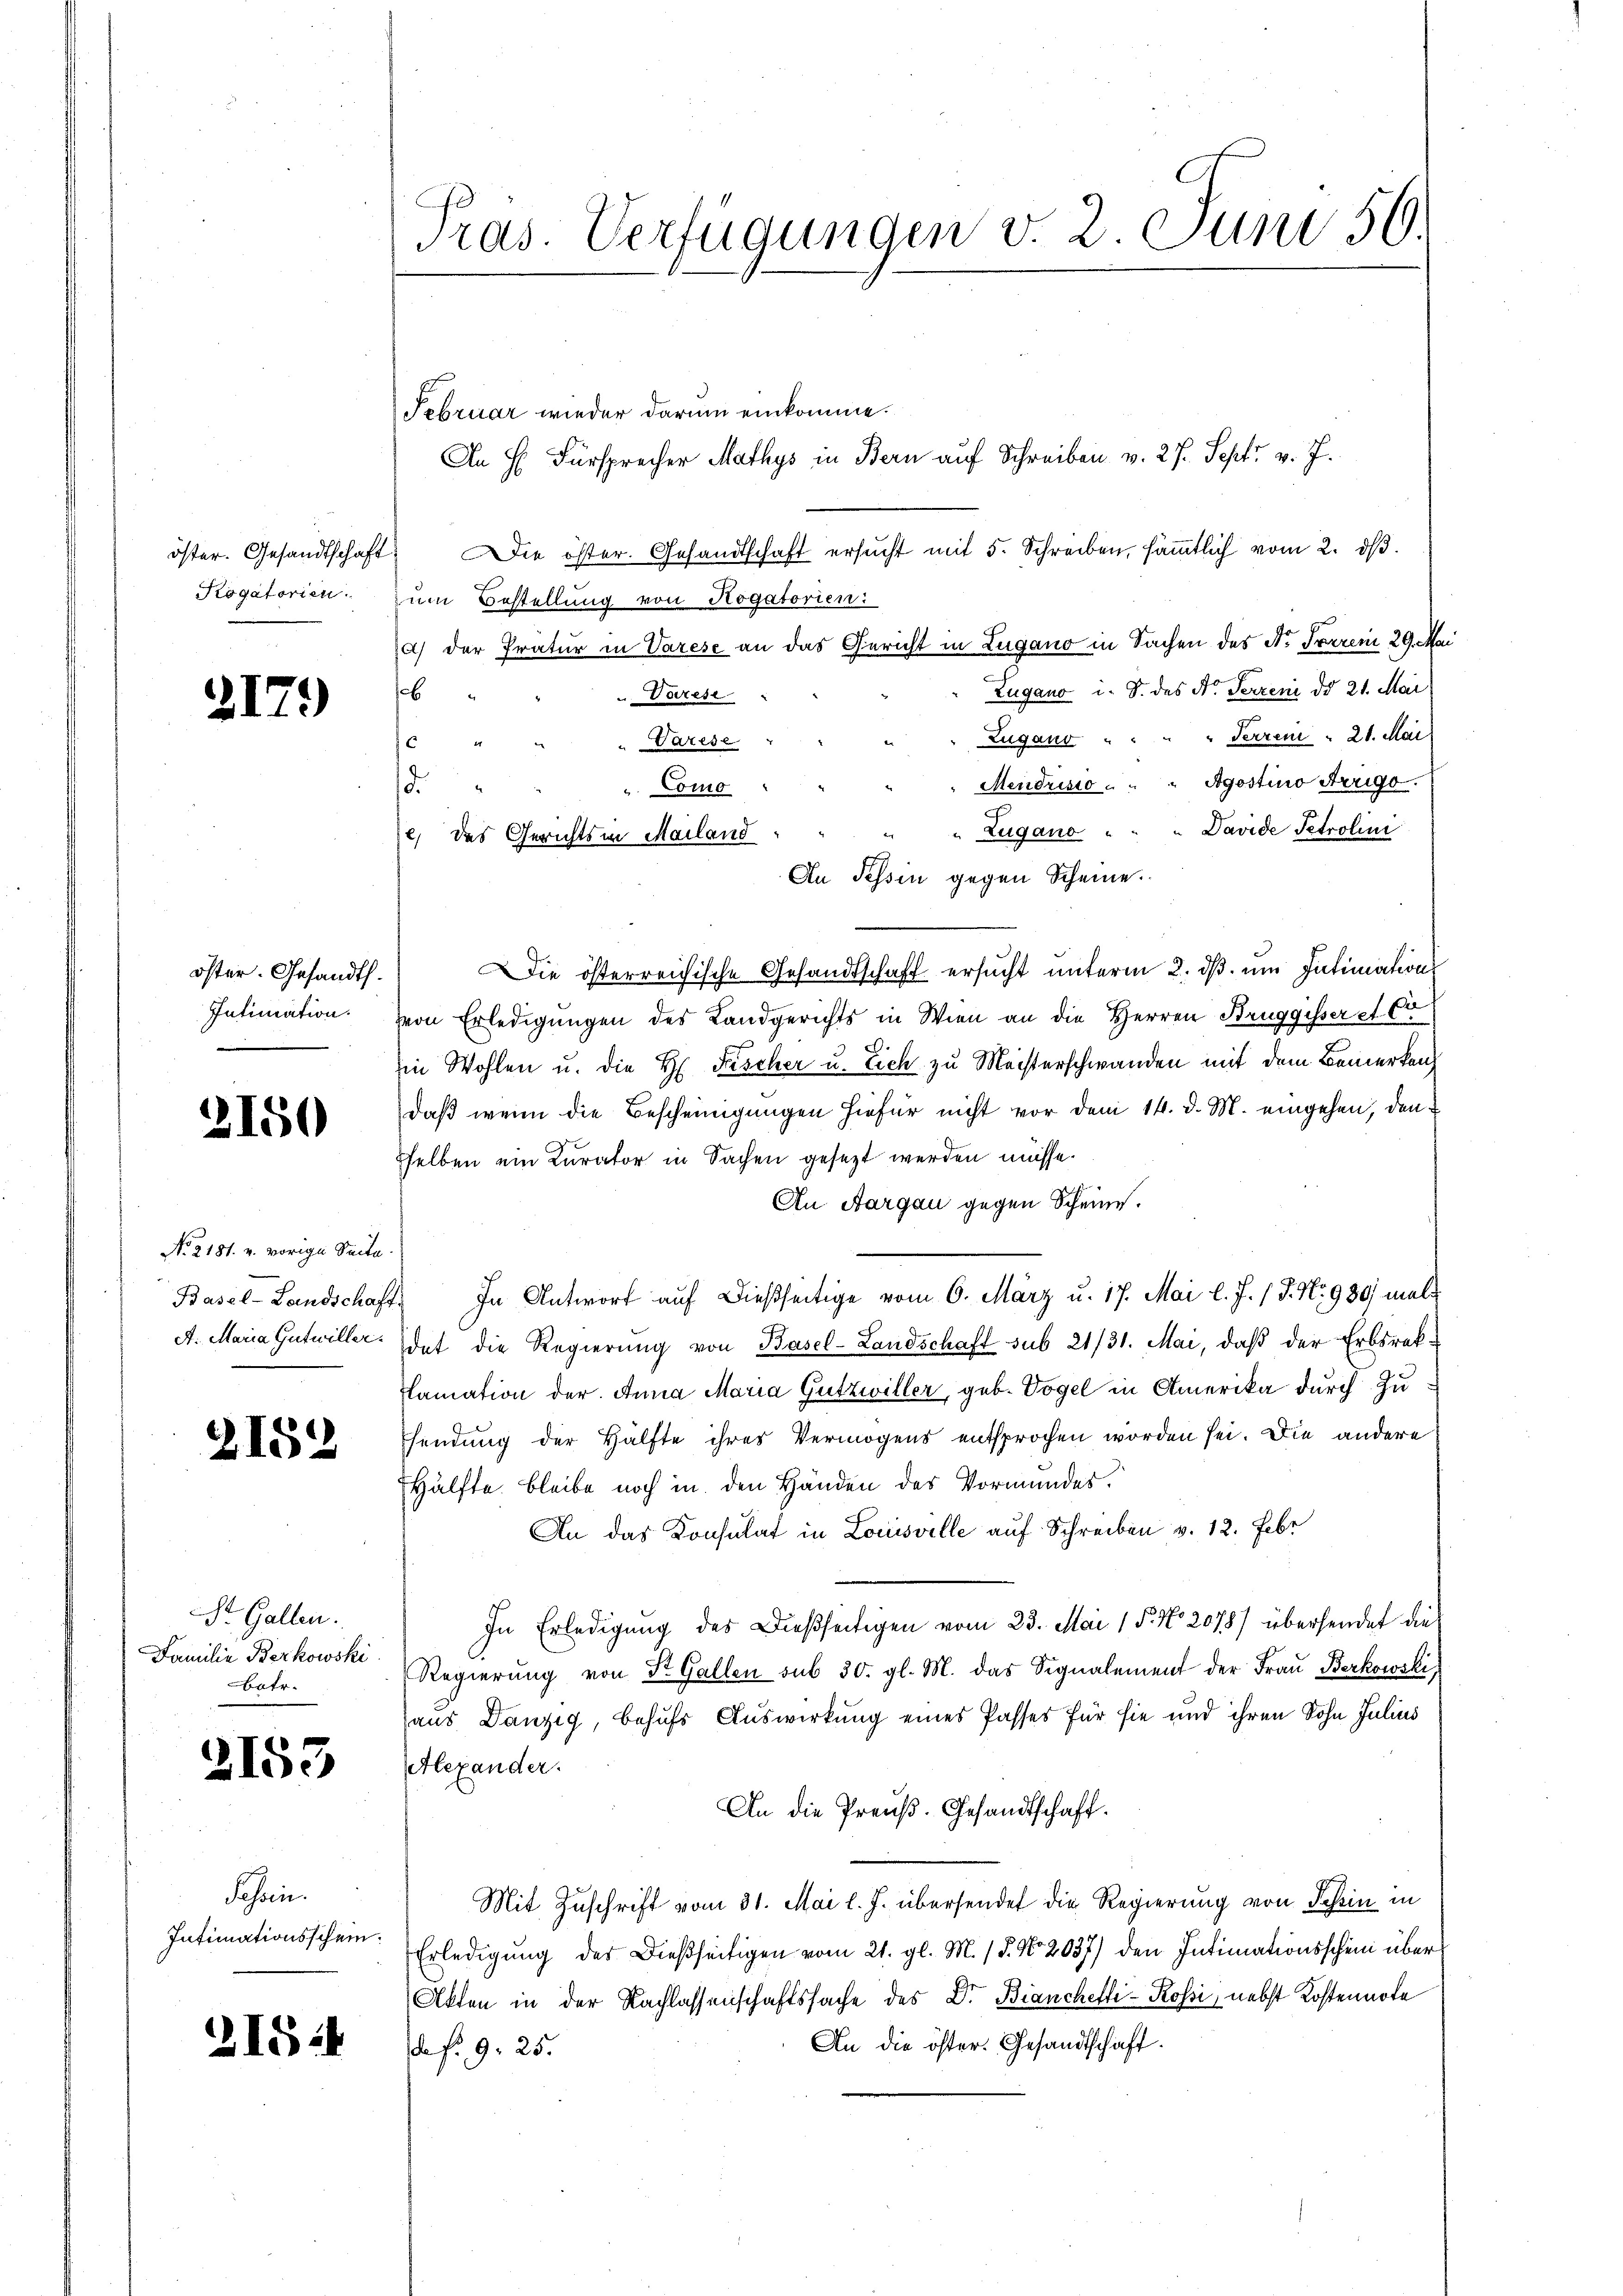
217.

öster. Gesandtschaft
Kogatorien.

öster. Gesandth.
Intimation.

2150

No. 2181. v. vorige Seite
Basel-Landschaft
A. Maria Gutwiller.

2152

St. Gallen.
Familie Berkowski
batr.

2153

Jahren.
Intimationsschein.

21524

Pras. Verfügungen v. 2. Juni 56.

Februar wieder darum einkomme.
An H. Fürsprecher Mathys in Bern auf Schreiben v. 27. Sept. v. J.
Die öster. Gesandtschaft ersŭcht mit 5. Schreiben, sämmtlich vom 2. dβ.
um Bestellung von Rogatorien:
2) der Pratur in Varese an das Gericht in Lugano in Sachen des Dr. Forren 29. Mai
Zugano i. S. des St. Ferreni do 21. Mai
c
u Varese
Zugano " " " " Ferren " 21. Mai
" " " Varese
Mendrisso . . . Agostino Trigo.
u. Como
e
" " Zugano . . . Davide Petrolini
An Tessin gegen Scheine.
Die österreichische Gesandtschaft ersucht unterm 2. ds. um Intimation
von Erledigungen des Landgerichts in Wien an die Herren Bruggisser et Co
in Wohlen u. die H. Fischer u. Eich zu Meisterschwanden mit dem Bemerken
daß wenn die Bescheinigungen hiefür nicht vor dem 14. d. M. eingehen, den
selben ein Curator in Sachen gesezt werden müsse.
An Aargau gegen Scheine.
In Antwort auf dießseitige vom 6. März u. 17. Mai l. J. 17. No. 980 mali
dat die Regierung von Basel-Landschaft sub 21/31. Mai, daß der Erbsraklamation der Anna Maria Gutzwiller, geb. Vogel in Amerika durch Zusendung der Hälfte ihres Vermögens entsprochen worden sei. Die andere
Hälfte bleibe noch in den Händen des Vormundes.
An das Konsulat in Louisville auf Schreiben v. 12. Febr
In Erledigung des Dießseitigen vom 23. Mai 15. No 2078/ übersendet die
Regierŭng von St. Gallen sub 30. gl. M. das Signalement der Frau Berkowski,
aus Danzig, behufs Auswirkung eines Passes für sie und ihren Sohn Julius
Alexander.
An die Preuß. Gesandtschaft.
Mit Zuschrift vom 31. Mai l. J. übersendet die Regierung von Schein in
Erledigung des Dießseitigen vom 21. gl. M. / 5. No 2037) den Intimationsschein über
Akten in der Nachlassenschaftssache des Dr. Bianchetti-Rossi, nebst Kostennote
An die öster. Gesandtschaft.
daf. 9, 25.

de
c, des Gerichts in Mailand